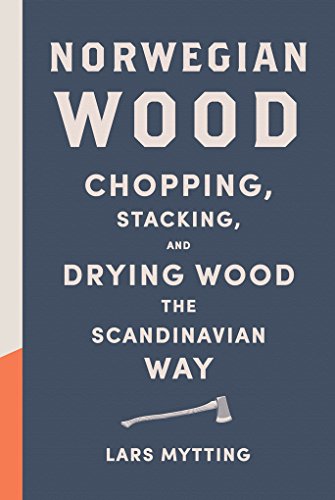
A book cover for Norwegian Wood: Chopping, Stacking, and Drying Wood the Scandinavian Way; Lars Mytting; Crafts, Hobbies & Home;